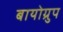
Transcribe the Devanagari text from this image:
बायोग्रुप